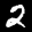
Label: 2